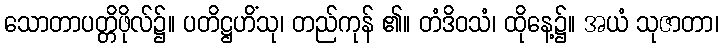
သောတာပတ္တိဖိုလ်၌။ ပတိဋ္ဌဟိံသု၊ တည်ကုန် ၏။ တံဒိဝသံ၊ ထိုနေ့၌။ အယံ သုဇာတာ၊